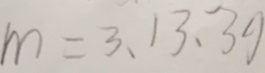
m = 3 , 1 3 , 3 9